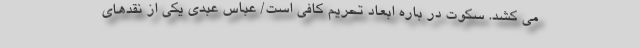
می کشد. سکوت در باره ابعاد تحریم کافی است/ عباس عبدی یکی از نقدهای